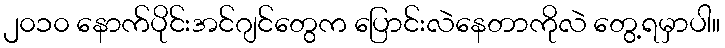
၂၀၁၀ နောက်ပိုင်းအင်ဂျင်တွေက ပြောင်းလဲနေတာကိုလဲ တွေ့ရမှာပါ။